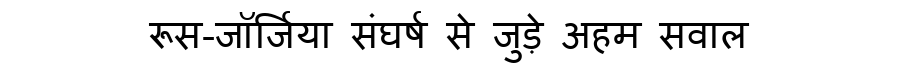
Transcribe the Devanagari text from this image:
रूस-जॉर्जिया संघर्ष से जुड़े अहम सवाल